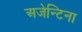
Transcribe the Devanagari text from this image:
अजेन्टिना